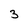
Character: 3